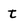
Character: t